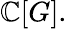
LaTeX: \mathbb{C}[G].